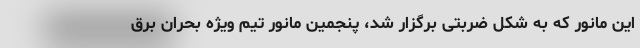
این مانور که به شکل ضربتی برگزار شد، پنجمین مانور تیم ویژه بحران برق